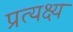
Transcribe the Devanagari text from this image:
प्रत्यक्ष्य